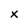
Character: X